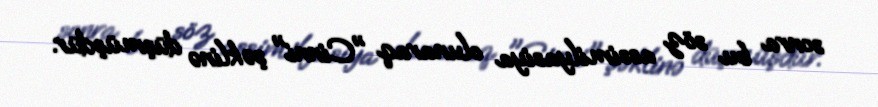
sonra bu söz assimilyasiya olunaraq "Cinni" şəklinə düşmüşdür.